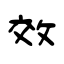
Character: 效